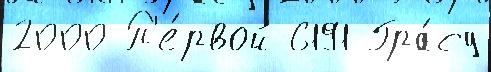
2000 П'е́рвой 6191 Гра́су